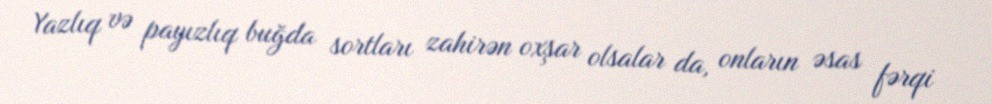
Yazlıq və payızlıq buğda sortları zahirən oxşar olsalar da, onların əsas fərqi